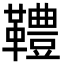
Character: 䪆